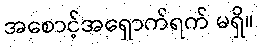
အစောင့်အရှောက်ရက် မရှိ။